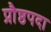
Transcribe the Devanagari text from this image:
प्रौष्ठपदा